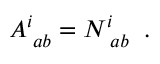
A _ { \; a b } ^ { i } = N _ { \; a b } ^ { i } \; \; .